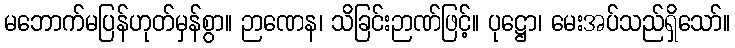
မဘောက်မပြန်ဟုတ်မှန်စွာ။ ဉာဏေန၊ သိခြင်းဉာဏ်ဖြင့်။ ပုဋ္ဌော၊ မေးအပ်သည်ရှိသော်။